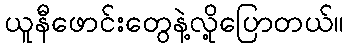
ယူနီဖောင်းတွေနဲ့လို့ပြောတယ်။